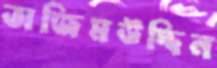
তাজিমউদ্দিন